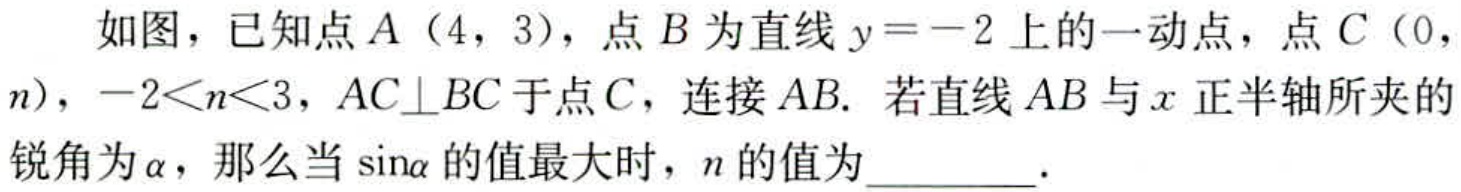
如图，已知点\(A（4，3）\)，点\(B\)为直线\(y = - 2\)上的一动点，点\(C（0,n)\)，\(-2\lt n\lt3\)，\(AC\perp BC\)于点\(C\)，连接\(AB\)。若直线\(AB\)与\(x\)正半轴所夹的锐角为\(\alpha\)，那么当\(\sin\alpha\)的值最大时，\(n\)的值为  。